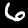
Label: 6